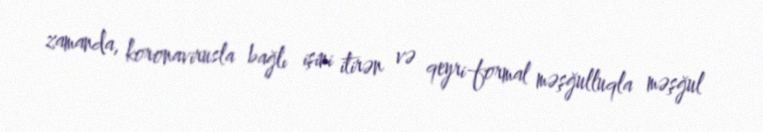
zamanda, koronavirusla bağlı işini itirən və qeyri-formal məşğulluqla məşğul